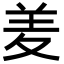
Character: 𮊢